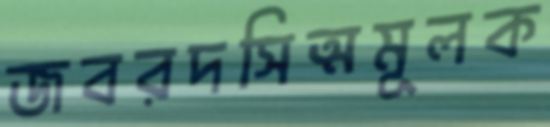
জবরদসিত্মমূলক